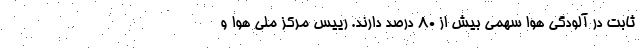
ثابت در آلودگی هوا سهمی بیش از ۸۰ درصد دارند. رییس مرکز ملی هوا و